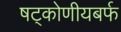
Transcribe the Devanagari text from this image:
षट्कोणीयबर्फ